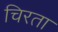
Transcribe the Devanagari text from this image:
चिरता